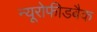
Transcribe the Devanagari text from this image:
न्यूरोफीडबैक